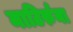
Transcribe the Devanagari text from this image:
माटिर्रुना